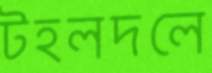
টহলদলে